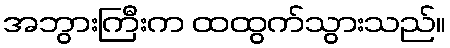
အဘွားကြီးက ထထွက်သွားသည်။